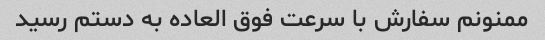
ممنونم سفارش با سرعت فوق العاده به دستم رسید